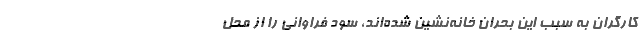
کارگران به سبب این بحران خانه‌نشین شده‌اند، ‌سود فراوانی را از محل